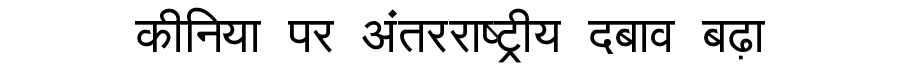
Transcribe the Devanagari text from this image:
कीनिया पर अंतरराष्ट्रीय दबाव बढ़ा